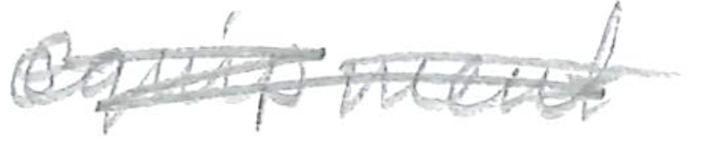
Text: equipment
Cross-out: scratch
Writing tool: pencil